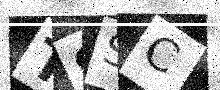
Text: TSSC